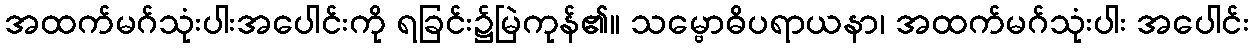
အထက်မဂ်သုံးပါးအပေါင်းကို ရခြင်း၌မြဲကုန်၏။ သမ္ဗောဓိပရာယနာ၊ အထက်မဂ်သုံးပါး အပေါင်း